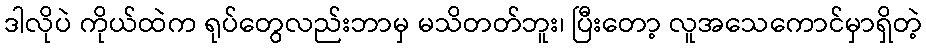
ဒါလိုပဲ ကိုယ်ထဲက ရုပ်တွေလည်းဘာမှ မသိတတ်ဘူး၊ ပြီးတော့ လူအသေကောင်မှာရှိတဲ့